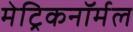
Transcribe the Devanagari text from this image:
मेट्रिकनॉर्मल